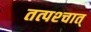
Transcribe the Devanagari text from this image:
तत्पश्‍चात्